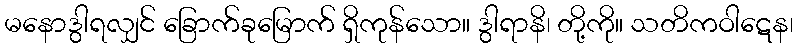
မနောဒွါရလျှင် ခြောက်ခုမြောက် ရှိကုန်သော။ ဒွါရာနိ၊ တို့ကို။ သတိကဝါဋေန၊